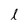
Character: l